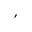
,